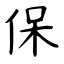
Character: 保